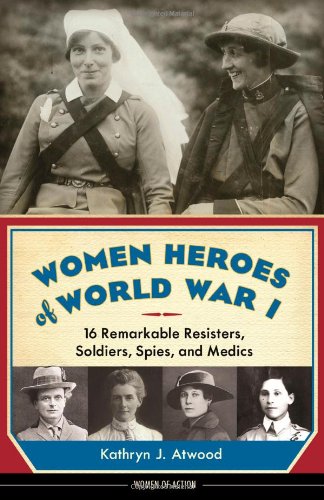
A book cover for Women Heroes of World War I: 16 Remarkable Resisters, Soldiers, Spies, and Medics (Women of Action); Kathryn J. Atwood; Teen & Young Adult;